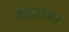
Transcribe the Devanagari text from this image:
बौडेलेयर